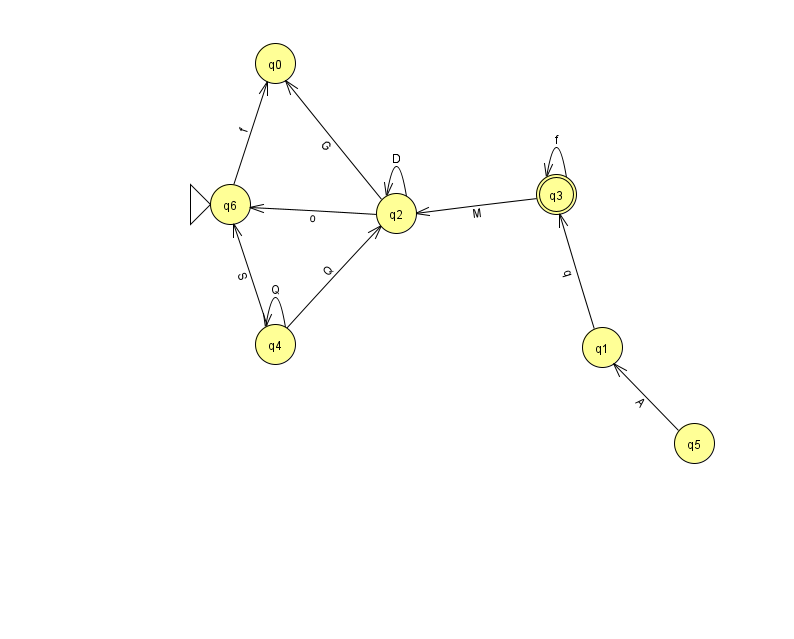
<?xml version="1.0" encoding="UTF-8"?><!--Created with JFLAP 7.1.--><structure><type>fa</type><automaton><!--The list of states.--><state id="0" name="q0"><x>275.0</x><y>50.0</y></state><state id="1" name="q1"><x>602.0</x><y>334.0</y></state><state id="2" name="q2"><x>396.0</x><y>200.0</y></state><state id="3" name="q3"><x>556.0</x><y>181.0</y><final/></state><state id="4" name="q4"><x>275.0</x><y>331.0</y></state><state id="5" name="q5"><x>694.0</x><y>430.0</y></state><state id="6" name="q6"><x>230.0</x><y>191.0</y><initial/></state><!--The list of transitions.--><transition><from>4</from><to>4</to><read>Q</read></transition><transition><from>5</from><to>1</to><read>A</read></transition><transition><from>2</from><to>2</to><read>D</read></transition><transition><from>3</from><to>3</to><read>f</read></transition><transition><from>4</from><to>6</to><read>S</read></transition><transition><from>4</from><to>2</to><read>Q</read></transition><transition><from>2</from><to>0</to><read>G</read></transition><transition><from>3</from><to>2</to><read>M</read></transition><transition><from>6</from><to>0</to><read>f</read></transition><transition><from>2</from><to>6</to><read>o</read></transition><transition><from>1</from><to>3</to><read>q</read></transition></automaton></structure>